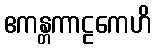
ဧကန္တကာဠကေဟိ